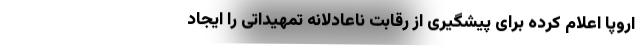
اروپا اعلام کرده برای پیشگیری از رقابت ناعادلانه تمهیداتی را ایجاد